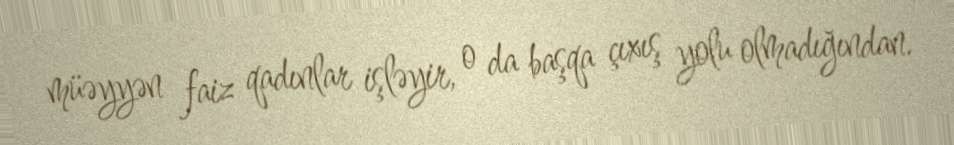
müəyyən faiz qadınlar işləyir, o da başqa çıxış yolu olmadığından.